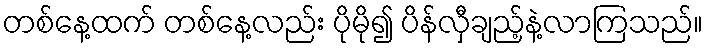
တစ်နေ့ထက် တစ်နေ့လည်း ပိုမို၍ ပိန်လှီချည့်နဲ့လာကြသည်။